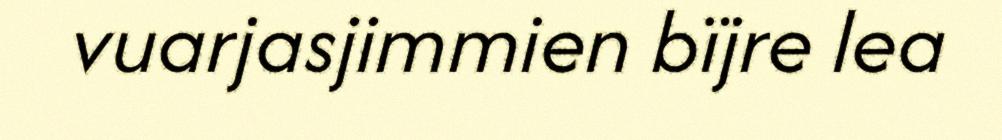
vuarjasjimmien bïjre lea